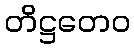
တိဋ္ဌတေဝ